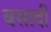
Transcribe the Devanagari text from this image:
बसादी